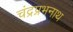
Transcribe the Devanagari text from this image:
चंद्रप्रभनाथ